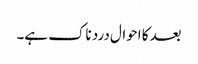
بعد کا احوال درد ناک ہے۔